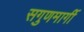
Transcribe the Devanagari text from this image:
सगुणमार्गी